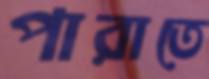
পারাতে